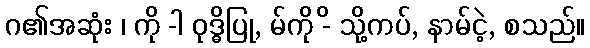
ဂ၏အဆုံး ၊ ကို -ါ ဝုဒ္ဓိပြု, မ်ကို -ိ သို့ကပ်, နာမ်ငဲ့, စသည်။